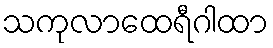
သကုလာထေရီဂါထာ